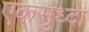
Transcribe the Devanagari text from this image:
एकसुध्दा